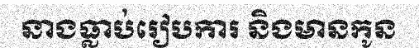
នាងធ្លាប់រៀបការ និងមានកូន